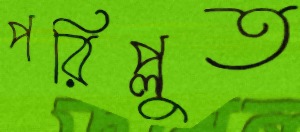
পরিপ্লুত